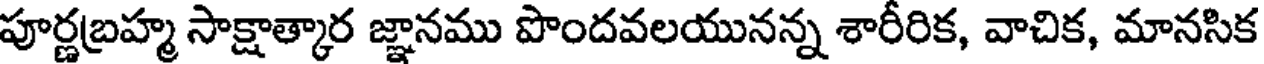
పూర్ణబ్రహ్మ సాక్షాత్కార జ్ఞానము పొందవలయునన్న శారీరిక, వాచిక, మానసిక